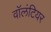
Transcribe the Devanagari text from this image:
वाॅलंटियर